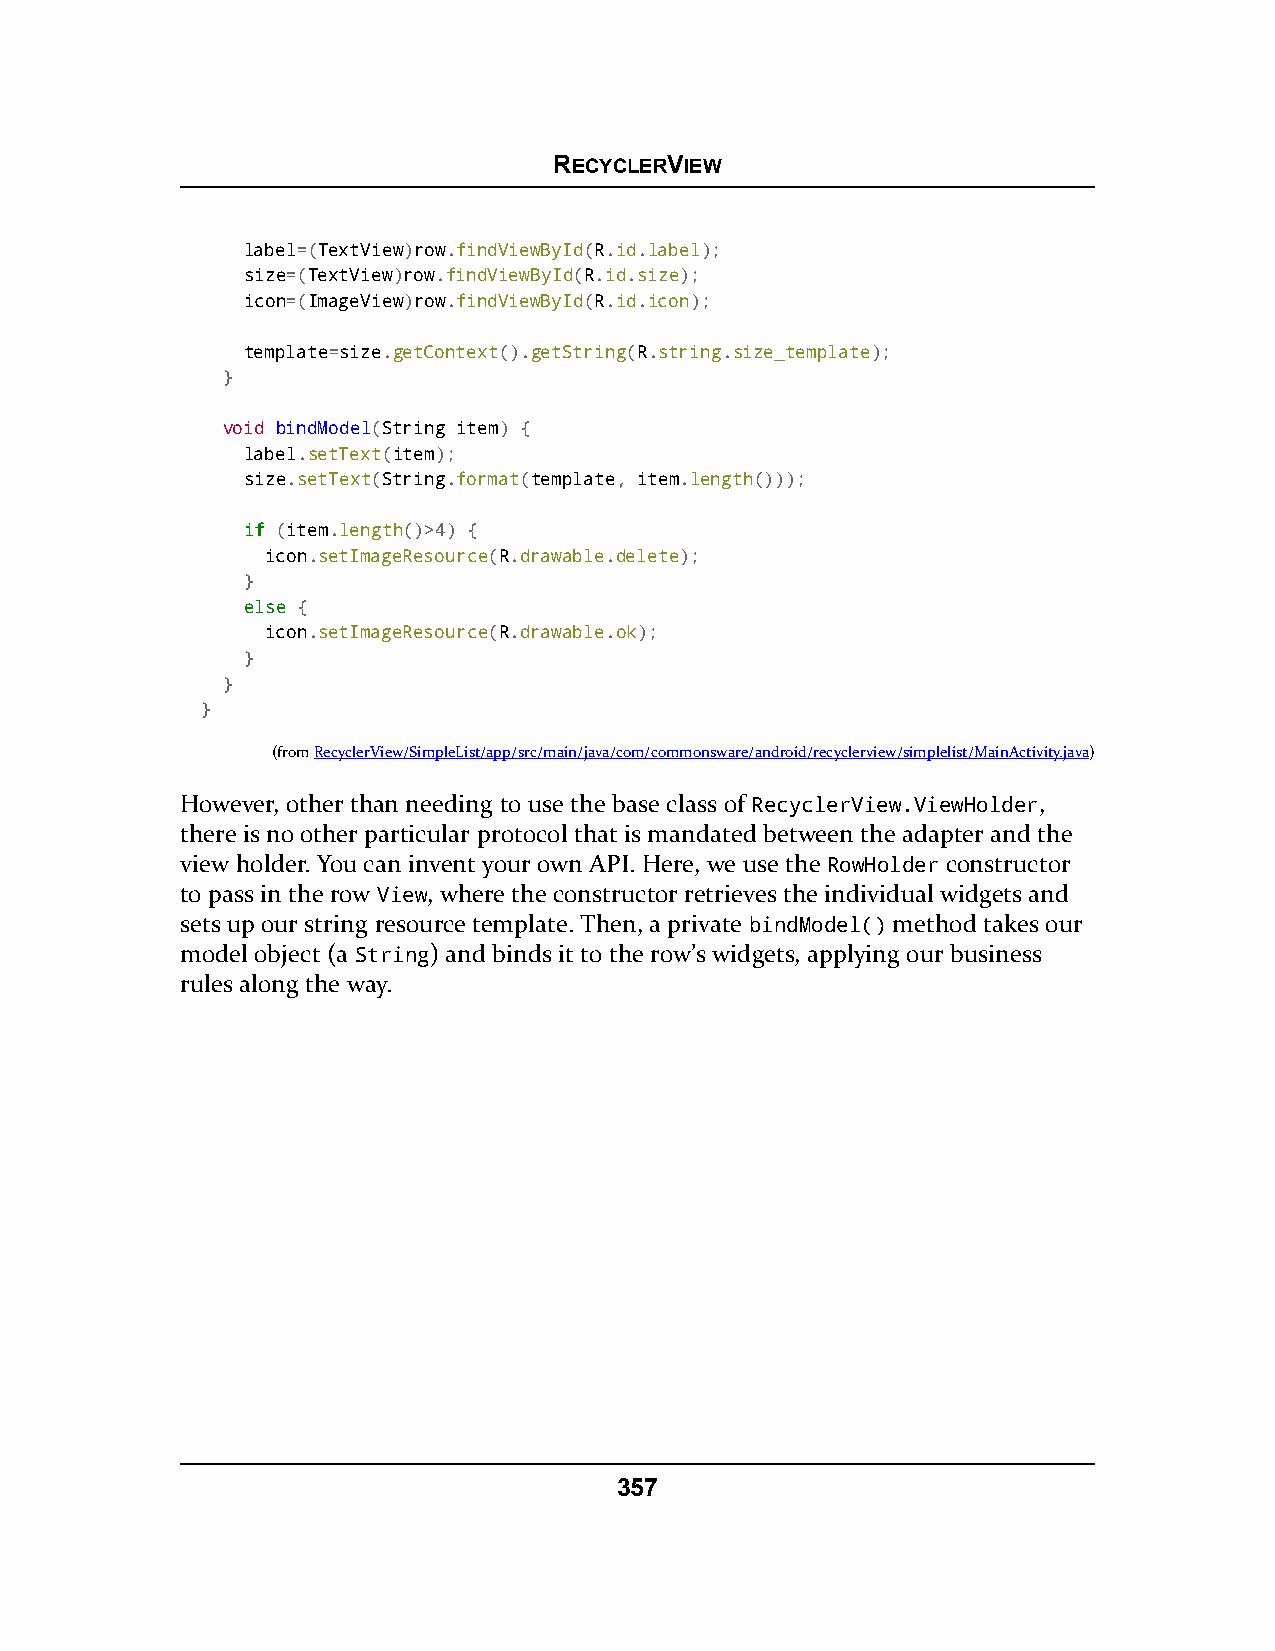
RECYCLERVIEW
 label=(TextView)row.findViewById(R.id.label);
 size=(TextView)row.findViewById(R.id.size);
 icon=(ImageView)row.findViewById(R.id.icon);
 template=size.getContext().getString(R.string.size_template);
 }
 void bindModel(String item) {
 label.setText(item);
 size.setText(String.format(template, item.length()));
 iiff (item.length()>4) {
 icon.setImageResource(R.drawable.delete);
 }
 eellssee {
 icon.setImageResource(R.drawable.ok);
 }
 }
 }
 (fromRecyclerView/SimpleList/app/src/main/java/com/commonsware/android/recyclerview/simplelist/MainActivity.java)
 However, other than needing to use the base class of RecyclerView.ViewHolder,
 there is no other particular protocol that is mandated between the adapter and the
 view holder. You can invent your own API. Here, we use the RowHolder constructor
 to pass in the row View, where the constructor retrieves the individual widgets and
 sets up our string resource template. Then, a private bindModel() method takes our
 model object (a String) and binds it to the row’s widgets, applying our business
 rules along the way.
 357